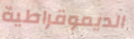
الديموقراطية